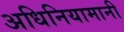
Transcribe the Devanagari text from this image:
अधिनियामानी